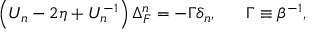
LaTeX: \left( U _ { n } - 2 \eta + U _ { n } ^ { - 1 } \right) \Delta _ { F } ^ { n } = - \Gamma \delta _ { n } , \; \; \; \; \; \; \Gamma \equiv \beta ^ { - 1 } ,